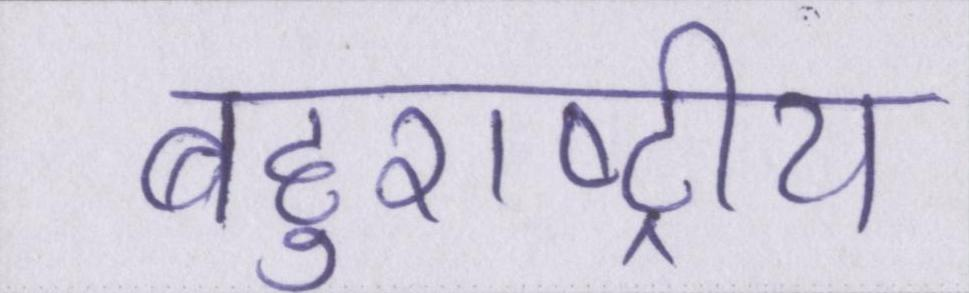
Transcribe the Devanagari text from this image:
बहुराष्ट्रीय